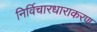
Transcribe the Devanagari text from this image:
निर्विचारधाराकरण